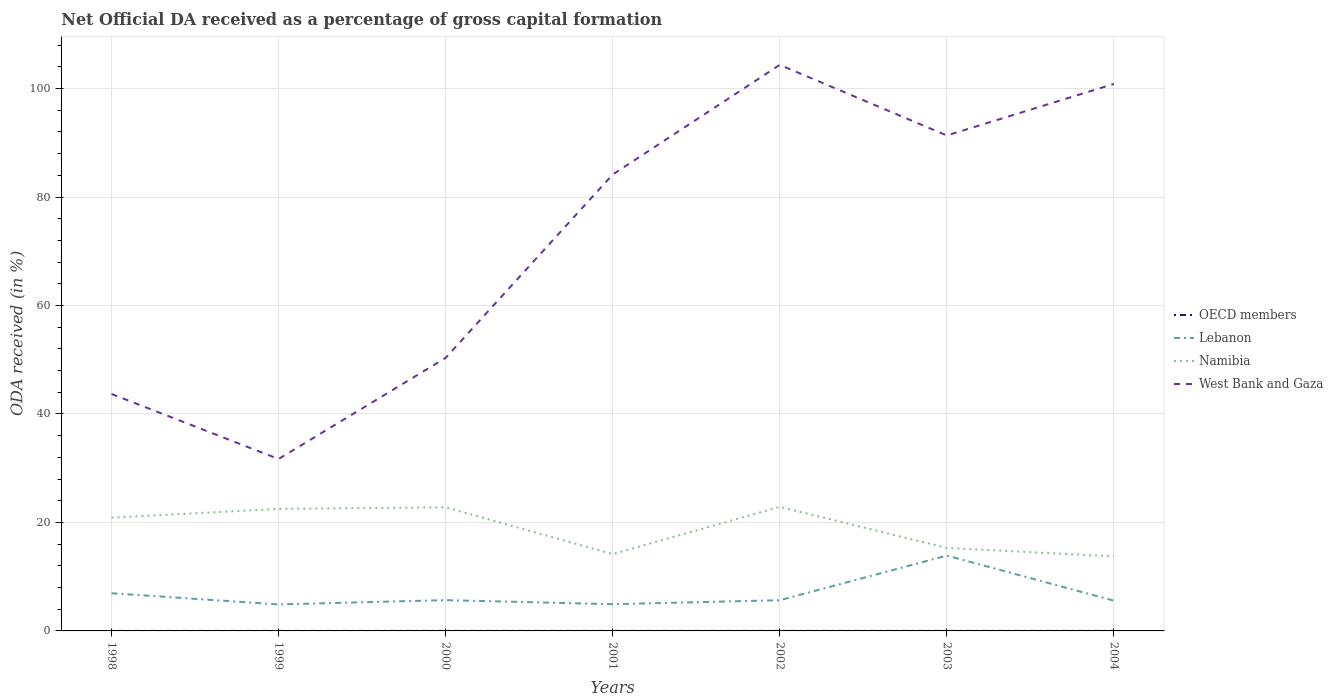
| Years | OECD members | Lebanon | Namibia | West Bank and Gaza |
 | --- | --- | --- | --- | --- |
 | 1998 | 0.00245 | 6.94 | 20.9 | 43.7 |
 | 1999 | 0.0015 | 4.88 | 22.5 | 31.7 |
 | 2000 | 0.00589 | 5.68 | 22.8 | 50.3 |
 | 2001 | 0.00744 | 4.93 | 14.2 | 84.2 |
 | 2002 | 0.00736 | 5.66 | 22.9 | 104 |
 | 2003 | 0.00543 | 13.9 | 15.3 | 91.4 |
 | 2004 | 0.00573 | 5.58 | 13.7 | 101 |